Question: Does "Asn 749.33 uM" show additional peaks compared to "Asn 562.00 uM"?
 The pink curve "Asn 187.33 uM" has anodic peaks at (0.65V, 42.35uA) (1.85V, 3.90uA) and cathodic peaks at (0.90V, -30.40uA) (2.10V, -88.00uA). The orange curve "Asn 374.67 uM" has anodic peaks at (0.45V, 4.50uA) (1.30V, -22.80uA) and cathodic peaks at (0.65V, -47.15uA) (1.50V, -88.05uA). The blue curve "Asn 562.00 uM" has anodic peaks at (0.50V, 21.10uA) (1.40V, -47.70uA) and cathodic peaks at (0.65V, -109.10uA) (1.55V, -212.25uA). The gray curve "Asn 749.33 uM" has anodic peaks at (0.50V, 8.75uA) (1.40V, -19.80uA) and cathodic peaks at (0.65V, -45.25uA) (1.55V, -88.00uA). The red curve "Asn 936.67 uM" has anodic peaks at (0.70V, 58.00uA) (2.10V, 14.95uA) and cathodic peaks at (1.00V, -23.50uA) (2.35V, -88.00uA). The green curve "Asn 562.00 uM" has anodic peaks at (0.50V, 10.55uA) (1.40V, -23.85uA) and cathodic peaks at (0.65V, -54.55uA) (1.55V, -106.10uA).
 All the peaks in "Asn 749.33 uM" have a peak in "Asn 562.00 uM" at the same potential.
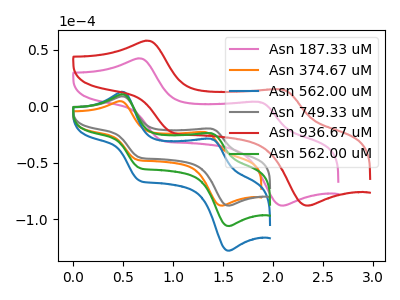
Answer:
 <answer>No, "Asn 749.33 uM" and "Asn 562.00 uM" don't appear to be significantly different in shape</answer>
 <eval>no_change</eval>